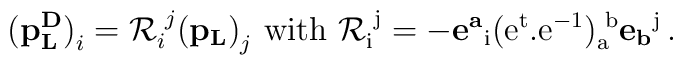
{\bf (p^D_L)}_i = {\cal R}_i^{\, \, j} {\bf (p_L)}_j \, \,\rm{with}\, \,  {\cal R}_i^{\, \, j}= - {\bf e^a}_i(e^{t}.e^{-1})_a^{\, \, b} {\bf e_b}^j\, .